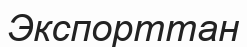
Экспорттан